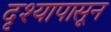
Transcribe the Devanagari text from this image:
दृश्यापासून